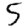
Digit: 5